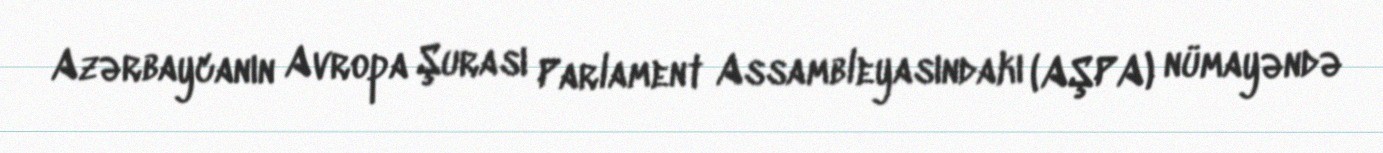
Azərbaycanın Avropa Şurası Parlament Assambleyasındakı (AŞPA) nümayəndə